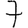
Digit: 7